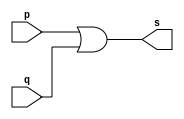
// -------------------------
// Exemplo0004 - OR
// Nome: Ederson Cristiano Nunes 
// Versao: 0.4
// -------------------------
// -------------------------
// -- or gate
// -------------------------
module orgate ( output s,
                        input p, q);
 assign s = p | q;
endmodule // orgate
// ---------------------
// -- test or gate
// ---------------------
module testorgate;
// ------------------------- dados locais
   reg a, b; // definir registradores
   wire s; // definir conexao (fio)
// ------------------------- instancia
   orgate OR1 (s, a, b);
// ------------------------- preparacao
   initial begin:start
      a=0; b=0;
   end
// ------------------------- parte principal
   initial begin
     $display("Exemplo0004 - Ederson Cristiano - 438964");
     $display("Test OR gate");
     $display("\na & b = s\n");
     a=0; b=0;
  #1 $display("%b & %b = %b", a, b, s);
     a=0; b=1;
  #1 $display("%b & %b = %b", a, b, s);
     a=1; b=0;
  #1 $display("%b & %b = %b", a, b, s);
     a=1; b=1;
  #1 $display("%b & %b = %b", a, b, s);
 end
endmodule // testorgate

//Exemplo0004 - Ederson Cristiano - 438964
    //Test OR gate
    
    //a & b = s
    
    //0 & 0 = 0
    //0 & 1 = 1
    //1 & 0 = 1
    //1 & 1 = 1